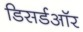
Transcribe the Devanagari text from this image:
डिसर्डऑर